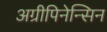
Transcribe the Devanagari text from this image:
अग्रीपिनेन्सिन